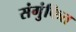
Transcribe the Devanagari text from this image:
संगुंफित